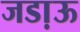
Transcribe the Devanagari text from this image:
जडा़ऊ